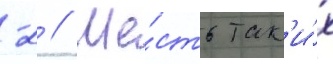
-2 // Ше́сть так'и́х